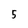
Character: 5